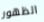
الظهور